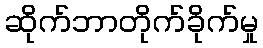
ဆိုက်ဘာတိုက်ခိုက်မှု